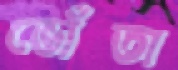
ভোঁতা